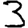
Digit: 3